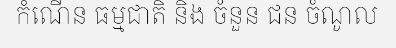
កំណើន ធម្មជាតិ និង ចំនួន ជន ចំណូល